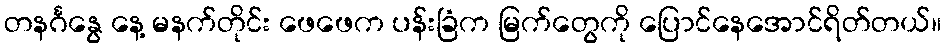
တနင်္ဂနွေ နေ့ မနက်တိုင်း ဖေဖေက ပန်းခြံက မြက်တွေကို ပြောင်နေအောင်ရိတ်တယ်။